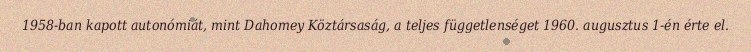
1958-ban kapott autonómiát, mint Dahomey Köztársaság, a teljes függetlenséget 1960. augusztus 1-én érte el.